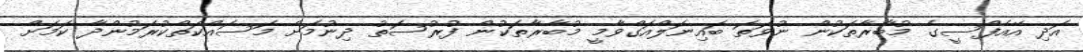
އަދި އޭއެފްސީގެ މުބާރާތަކުން ނުވަތަ ބައިނަލްއަގްވާމީ މުބާރާތަކުން ފުރުސަތު ދިނުމަށް މަސައްކަތްކުރަމުންދާ ކަމަށް